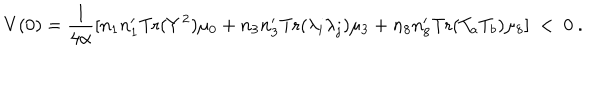
LaTeX: V ( 0 ) = { \frac { 1 } { 4 \alpha } } [ n _ { 1 } n _ { 1 } ^ { \prime } \mathrm { T r } ( Y ^ { 2 } ) \mu _ { 0 } + n _ { 3 } n _ { 3 } ^ { \prime } \mathrm { T r } ( \lambda _ { i } \lambda _ { j } ) \mu _ { 3 } + n _ { 8 } n _ { 8 } ^ { \prime } \mathrm { T r } ( T _ { a } T _ { b } ) \mu _ { 8 } ] \ < \ 0 \ .